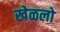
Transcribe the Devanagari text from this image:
खेळलो